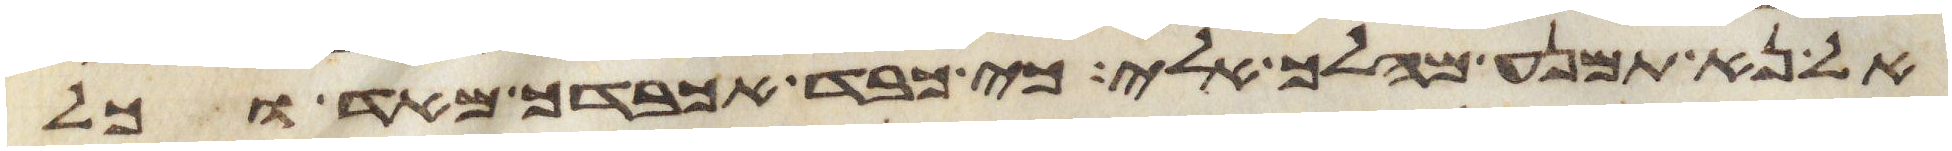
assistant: אל נא תמנע מהלך אלי כי כבד אכבדך מאד וכל